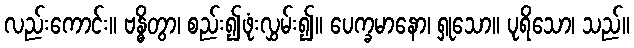
လည်းကောင်း။ ဗန္ဓိတွာ၊ စည်း၍ဖုံးလွှမ်း၍။ ပေက္ခမာနော၊ ရှုသော။ ပုရိသော၊ သည်။